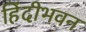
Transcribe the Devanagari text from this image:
हिंदीभवन